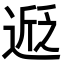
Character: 𬨵